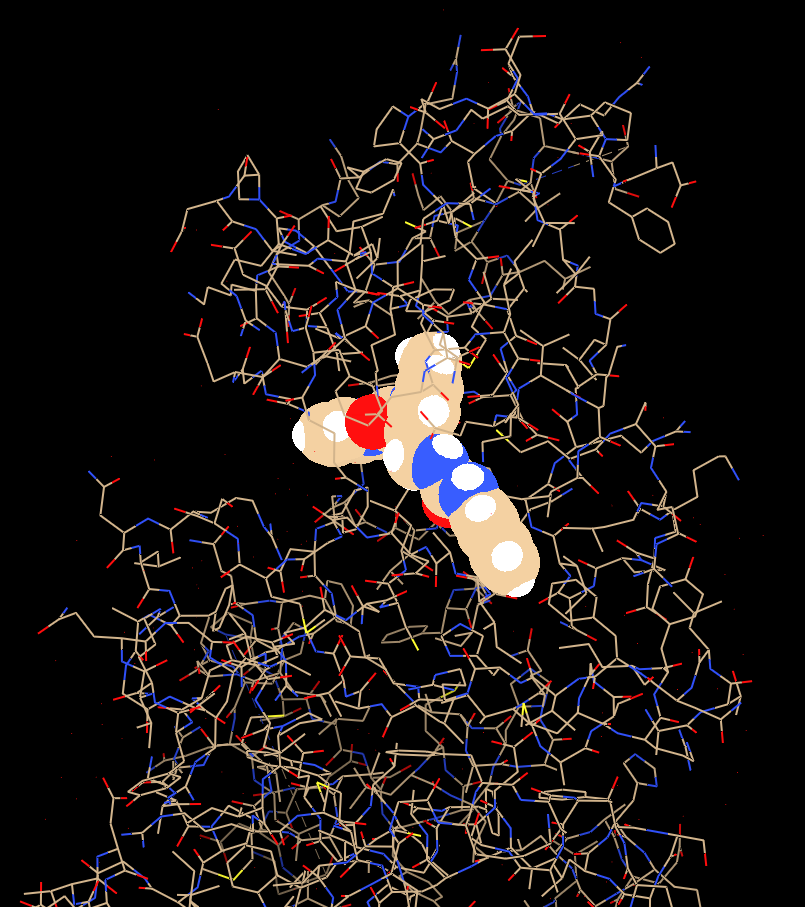
chimera, preset all atoms